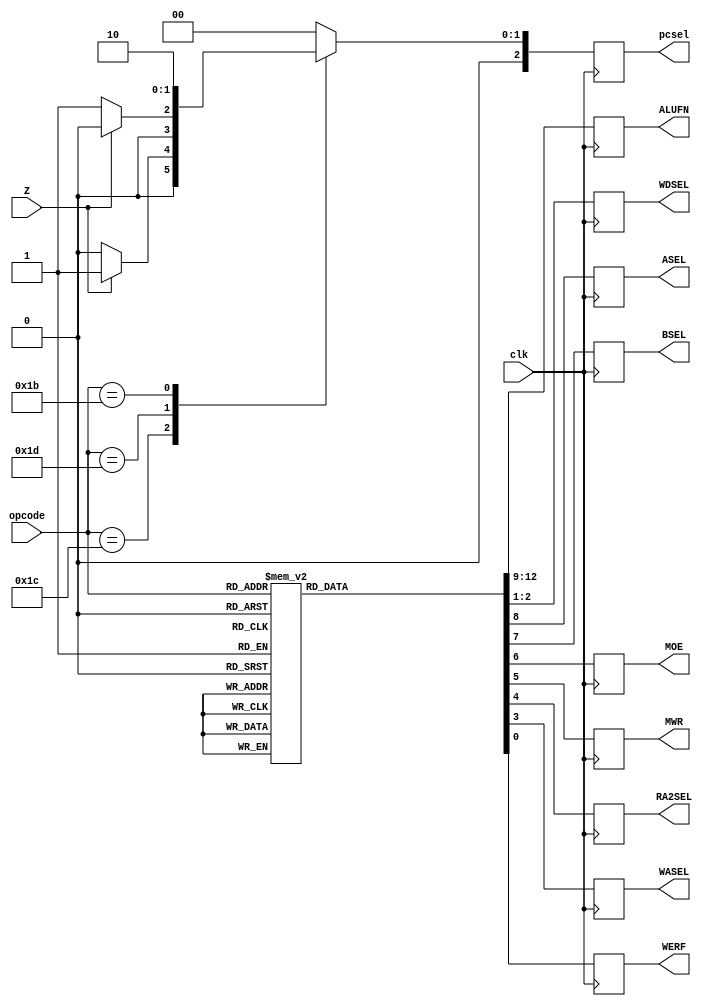
`timescale 1ns / 1ps
module Control_Logic_v2(output reg [3:0]ALUFN,
                     output reg [1:0]WDSEL,
                     output reg ASEL,BSEL,MOE,MWR,RA2SEL,WASEL,WERF,
                     output reg [2:0]pcsel,
                     input [5:0]opcode,
                     input clk,Z);

always@(posedge clk)
    begin
    case(opcode)
        //-- ADD,ADDC ---//
        6'b100_000 : {ALUFN,ASEL,BSEL,MOE,MWR,RA2SEL,WASEL,WDSEL,WERF} = 13'b0000_0_0_0_0_0_0_01_1;
        6'b110_000 : {ALUFN,ASEL,BSEL,MOE,MWR,RA2SEL,WASEL,WDSEL,WERF} = 13'b0000_0_1_0_0_0_0_01_1;
        //-- SUB,SUBC ---//
        6'b100_001 : {ALUFN,ASEL,BSEL,MOE,MWR,RA2SEL,WASEL,WDSEL,WERF} = 13'b0001_0_0_0_0_0_0_01_1;
        6'b110_001 : {ALUFN,ASEL,BSEL,MOE,MWR,RA2SEL,WASEL,WDSEL,WERF} = 13'b0001_0_1_0_0_0_0_01_1;
        //-- AND,ANDC --//
        6'b101_000 : {ALUFN,ASEL,BSEL,MOE,MWR,RA2SEL,WASEL,WDSEL,WERF} = 13'b0010_0_0_0_0_0_0_01_1;
        6'b111_000 : {ALUFN,ASEL,BSEL,MOE,MWR,RA2SEL,WASEL,WDSEL,WERF} = 13'b0010_0_1_0_0_0_0_01_1;
        //-- OR,ORC--//
        6'b101_001 : {ALUFN,ASEL,BSEL,MOE,MWR,RA2SEL,WASEL,WDSEL,WERF} = 13'b0011_0_0_0_0_0_0_01_1;
        6'b111_001 : {ALUFN,ASEL,BSEL,MOE,MWR,RA2SEL,WASEL,WDSEL,WERF} = 13'b0011_0_1_0_0_0_0_01_1;
        //--XOR,XORC
        6'b101_010 : {ALUFN,ASEL,BSEL,MOE,MWR,RA2SEL,WASEL,WDSEL,WERF} = 13'b0100_0_0_0_0_0_0_01_1;
        6'b111_010 : {ALUFN,ASEL,BSEL,MOE,MWR,RA2SEL,WASEL,WDSEL,WERF} = 13'b0100_0_1_0_0_0_0_01_1;
        //--XNOR,XNORC
        6'b101_011 : {ALUFN,ASEL,BSEL,MOE,MWR,RA2SEL,WASEL,WDSEL,WERF} = 13'b0101_0_0_0_0_0_0_01_1;
        6'b111_011 : {ALUFN,ASEL,BSEL,MOE,MWR,RA2SEL,WASEL,WDSEL,WERF} = 13'b0101_0_1_0_0_0_0_01_1;
        //--CMPEQ,CMPEQC
        6'b100_100 : {ALUFN,ASEL,BSEL,MOE,MWR,RA2SEL,WASEL,WDSEL,WERF} = 13'b0110_0_0_0_0_0_0_01_1;
        6'b110_100 : {ALUFN,ASEL,BSEL,MOE,MWR,RA2SEL,WASEL,WDSEL,WERF} = 13'b0110_0_1_0_0_0_0_01_1;
        //--CMPLE,CMPLEC
        6'b100_110 : {ALUFN,ASEL,BSEL,MOE,MWR,RA2SEL,WASEL,WDSEL,WERF} = 13'b0111_0_0_0_0_0_0_01_1;
        6'b110_110 : {ALUFN,ASEL,BSEL,MOE,MWR,RA2SEL,WASEL,WDSEL,WERF} = 13'b0111_0_1_0_0_0_0_01_1;
        //--CMPLT,CMPLTC
        6'b100_101 : {ALUFN,ASEL,BSEL,MOE,MWR,RA2SEL,WASEL,WDSEL,WERF} = 13'b1000_0_0_0_0_0_0_01_1;
        6'b110_101 : {ALUFN,ASEL,BSEL,MOE,MWR,RA2SEL,WASEL,WDSEL,WERF} = 13'b1000_0_1_0_0_0_0_01_1;
        //--SHL,SHLC
        6'b101_100 : {ALUFN,ASEL,BSEL,MOE,MWR,RA2SEL,WASEL,WDSEL,WERF} = 13'b1001_0_0_0_0_0_0_01_1;
        6'b111_100 : {ALUFN,ASEL,BSEL,MOE,MWR,RA2SEL,WASEL,WDSEL,WERF} = 13'b1001_0_1_0_0_0_0_01_1;
        //--SHR,SHRC
        6'b101_101 : {ALUFN,ASEL,BSEL,MOE,MWR,RA2SEL,WASEL,WDSEL,WERF} = 13'b1010_0_0_0_0_0_0_01_1;
        6'b111_101 : {ALUFN,ASEL,BSEL,MOE,MWR,RA2SEL,WASEL,WDSEL,WERF} = 13'b1010_0_1_0_0_0_0_01_1;
        //--SRA,SRAC
        6'b101_110 : {ALUFN,ASEL,BSEL,MOE,MWR,RA2SEL,WASEL,WDSEL,WERF} = 13'b1011_0_0_0_0_0_0_01_1;
        6'b111_110 : {ALUFN,ASEL,BSEL,MOE,MWR,RA2SEL,WASEL,WDSEL,WERF} = 13'b1011_0_1_0_0_0_0_01_1;
        //--LD
        6'b011_000 : {ALUFN,ASEL,BSEL,MOE,MWR,RA2SEL,WASEL,WDSEL,WERF} = 13'b0000_0_1_1_0_0_0_10_1;
        //--ST
        6'b011_001 : {ALUFN,ASEL,BSEL,MOE,MWR,RA2SEL,WASEL,WDSEL,WERF} = 13'b0000_0_1_0_1_1_0_XX_0;
        //--JMP
        6'b011_011 : {ALUFN,ASEL,BSEL,MOE,MWR,RA2SEL,WASEL,WDSEL,WERF} = 13'bXXXX_X_X_X_0_X_0_00_1;
        //--BEQ
        6'b011_100 : {ALUFN,ASEL,BSEL,MOE,MWR,RA2SEL,WASEL,WDSEL,WERF} = 13'bXXXX_X_X_X_0_X_0_00_1;
        //--BNE
        6'b011_101 : {ALUFN,ASEL,BSEL,MOE,MWR,RA2SEL,WASEL,WDSEL,WERF} = 13'bXXXX_X_X_X_0_X_0_00_1;
        //-- illops DIV,DIC,MUL,MULC---//
        6'b100_011 : {ALUFN,ASEL,BSEL,MOE,MWR,RA2SEL,WASEL,WDSEL,WERF} = 13'bXXXX_X_X_X_0_X_1_00_0;
        6'b110_011 : {ALUFN,ASEL,BSEL,MOE,MWR,RA2SEL,WASEL,WDSEL,WERF} = 13'bXXXX_X_X_X_0_X_1_00_0;
        6'b100_010 : {ALUFN,ASEL,BSEL,MOE,MWR,RA2SEL,WASEL,WDSEL,WERF} = 13'bXXXX_X_X_X_0_X_1_00_0;
        6'b110_010 : {ALUFN,ASEL,BSEL,MOE,MWR,RA2SEL,WASEL,WDSEL,WERF} = 13'bXXXX_X_X_X_0_X_1_00_0;
        default:{ALUFN,ASEL,BSEL,MOE,MWR,RA2SEL,WASEL,WDSEL,WERF} = 13'bXXXX_X_X_X_0_X_1_00_0;
    endcase
end


always@(posedge clk)
begin
    case(opcode)
        6'b011100 : pcsel <= Z ? (3'd1) : (3'd0);
        6'b011101 : pcsel <= Z ? (3'd0) : (3'd1);
        6'b011011 : pcsel <= 3'd2; 
        default : pcsel <= 3'd0;
    endcase
end
endmodule